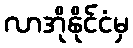
လာအိုနိုင်ငံမှ